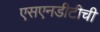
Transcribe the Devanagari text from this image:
एसएनडीटीची